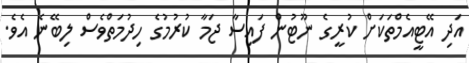
އަދި އޭޓީއެމްތަކަށް ކުރީގެ ނޫޓުން ފައިސާ ޖަމާ ކުރުމުގެ ހިދުމަތްވެސް ލިބޭނެ އެވެ.